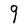
Character: q